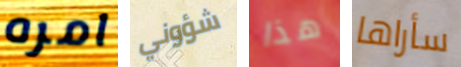
امره شؤوني هذا سأراها